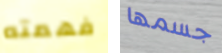
فهمته جسمها